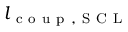
l _ { \mathrm { ~ c ~ o ~ u ~ p ~ , ~ S ~ C ~ L ~ } }